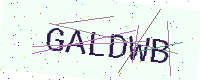
Text: GALDWB